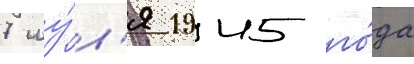
7 иу́л'я 1945 го́да